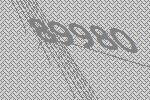
89980